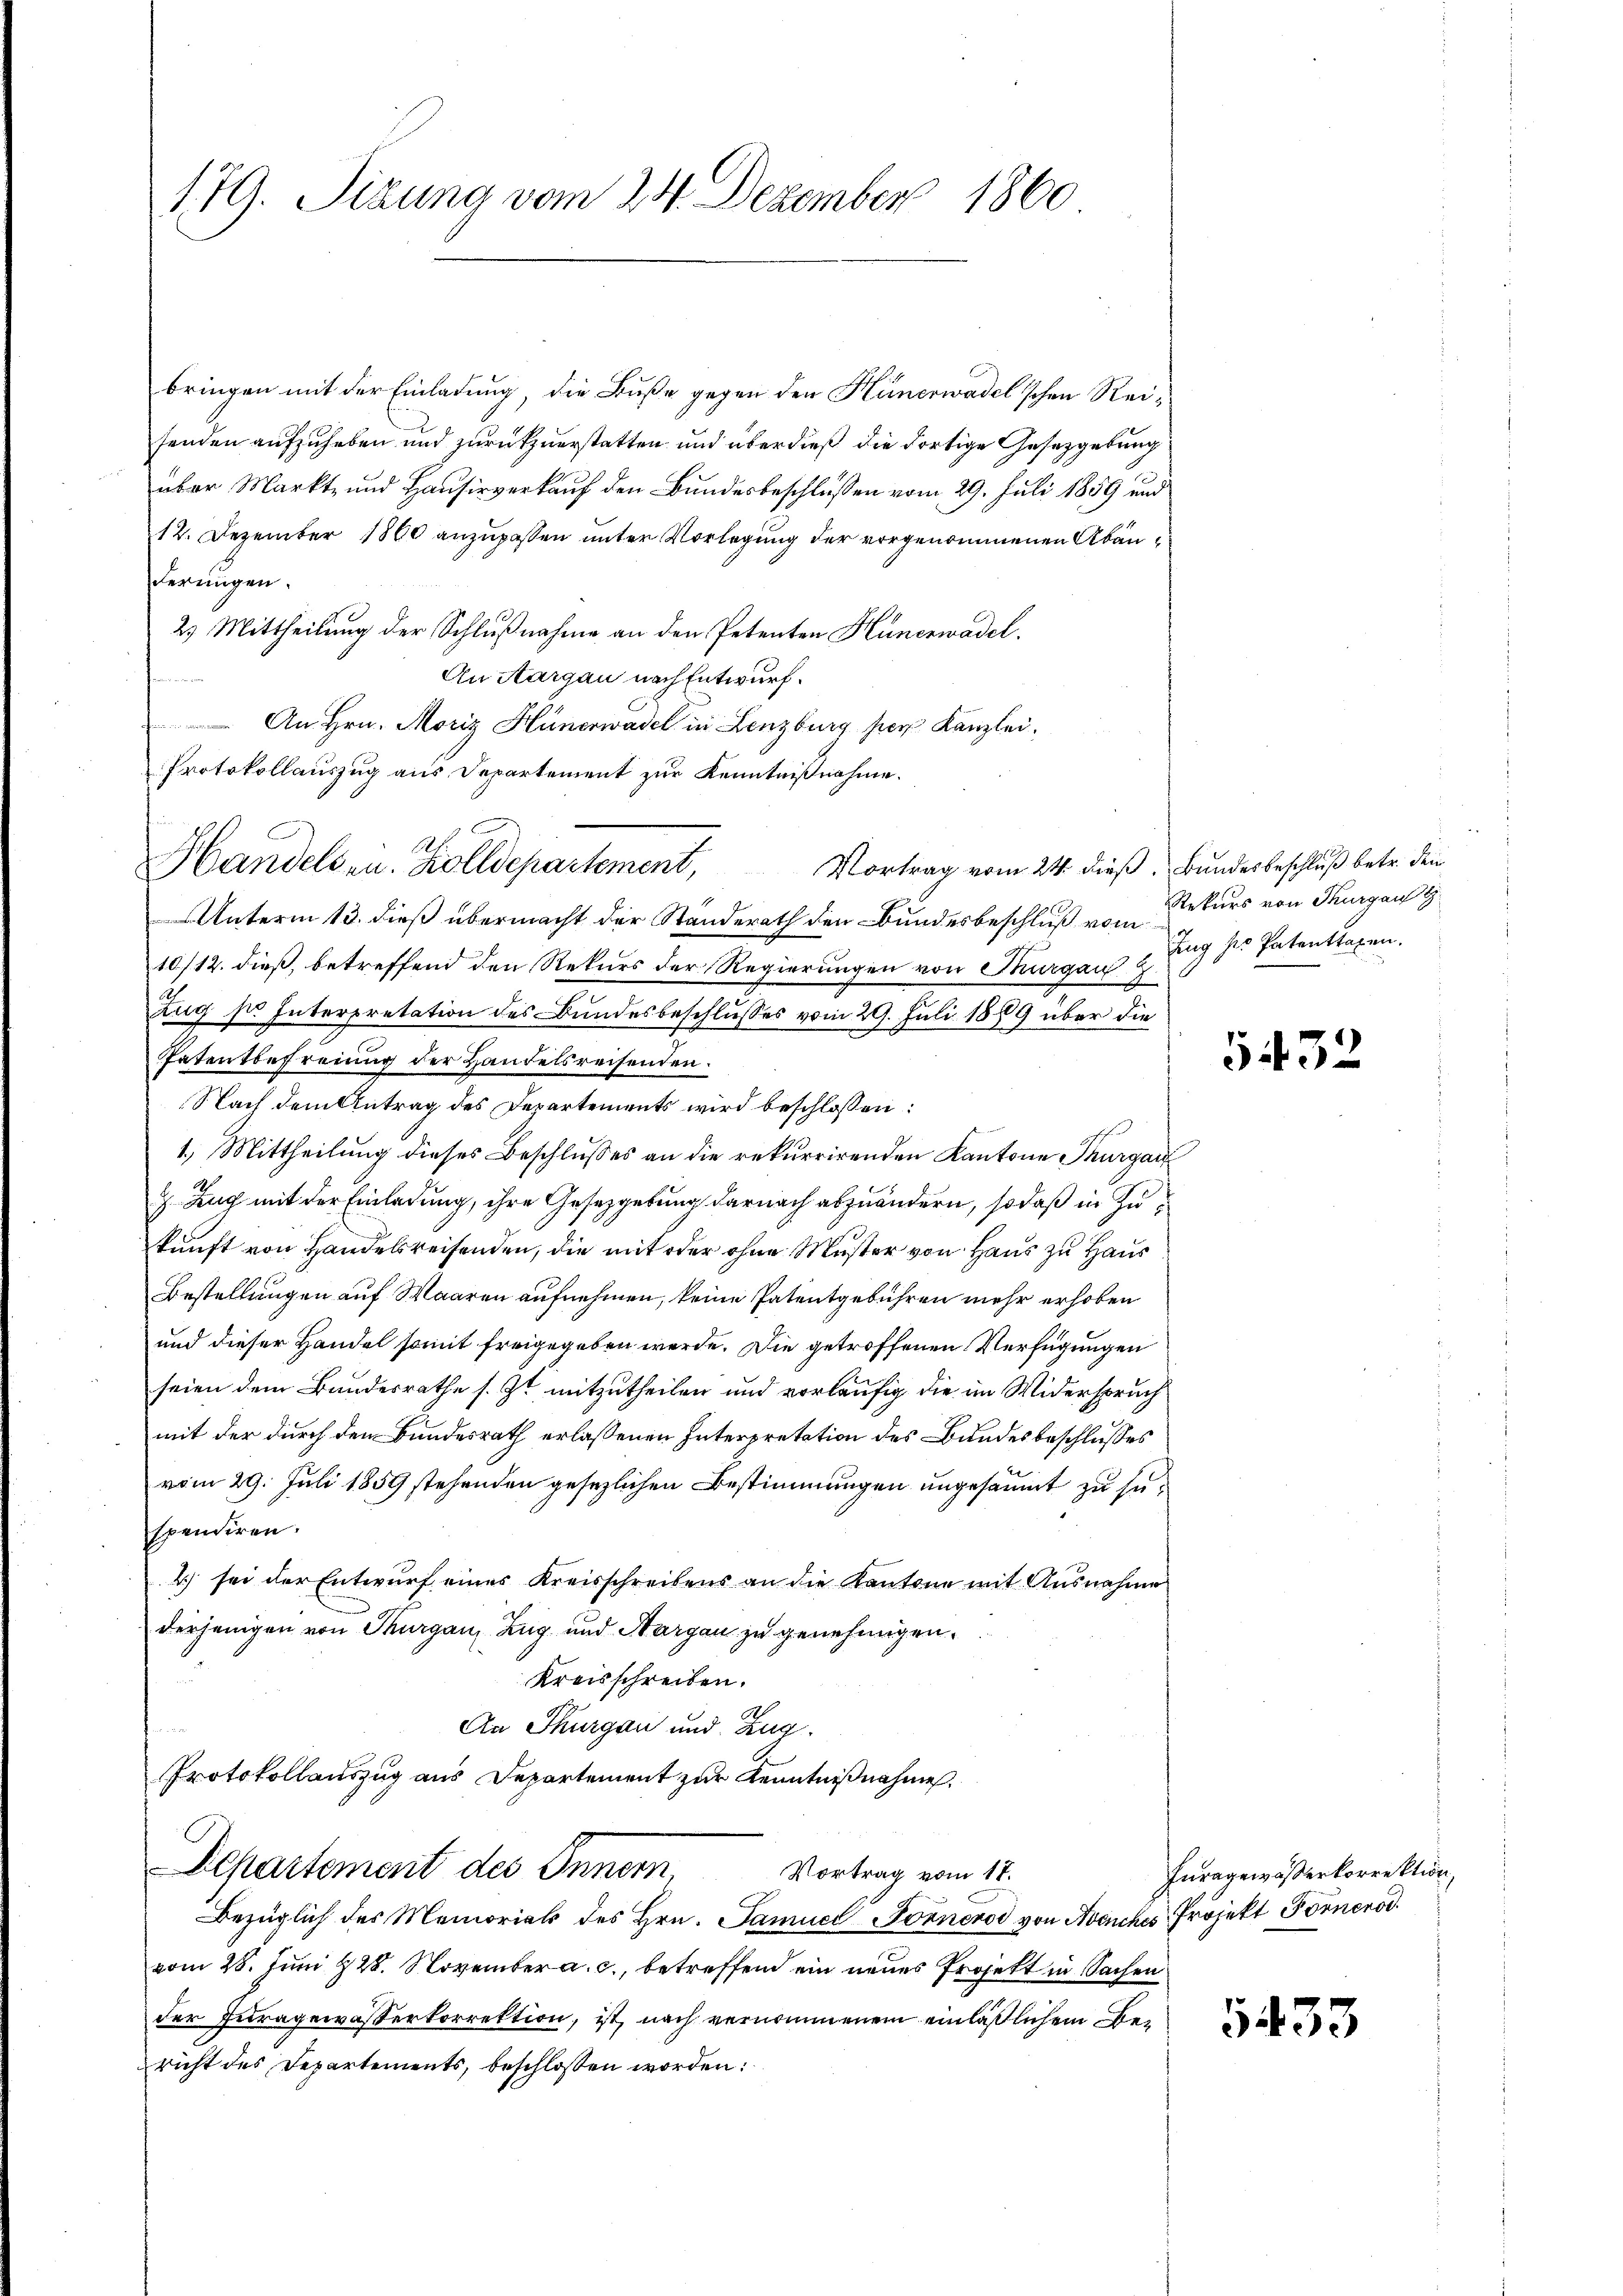
179. Sizung vom 24. Dezember 1860

bringen mit der Einladung, die Buße gegen den Hünerwadel’schen Reisenden aufzuheben und zurückzuerstatten und überdieß die dortige Gesetzgebung
über Markt- und Hausirverkauf den Bundesbeschlüssen vom 29. Juli 1859 und
12. Dezember 1860 anzupassen unter Vorlegung der vorgenommenen Abänderungen.
2. Mittheilung der Schlußnahme an den Petenten Hünerwadel.
An Aargau nach Entwurf.
An Hrn. Moriz Hünerwadel in Lenzburg per Kanzlei,
Protokollauszug aus Departement zur Kenntnißnahme.
Unterm 13. dieß übermacht der Standerath den Bundesbeschluß von Rekurs von Thurgau
10/12. dieß, betreffend den Rekurs der Regierungen von Thurgau
Zug sie Interpretation des Bundesbeschlusses vom 29. Juli 1869 über die
Patentbefreiung der Handelsreisenden.
Nach dem Antrag des Departements wird beschlossen:
1.) Mittheilung dieses Beschlusses an die rekurrirenden Kantone Thurgau
g. Zug mit der Einladung, ihre Gesetzgebung darnach abzuändern, so daß in Zukunft von Handelsreisenden, die mit oder ohne Muster von Haus zu Haus
Bestellungen auf Waaren aufnehmen, keine Patentgebühren mehr erhoben
und dieser Handel somit freigegeben werde. Die getroffenen Verfügungen
seien dem Bundesrathe s. Zt. mitzutheilen und vorläufig die im Widerspruch
mit der durch den Bundesrath erlassenen Interpretation des Bundesbeschlusses
vom 29. Juli 1859 stehenden gesezlichen Bestimmungen ungesäumt zu suspendiren.
2) sei der Entwurf eines Kreisschreibens an die Kantone mit Ausnahme
derjenigen von Thurgau, Zug und Aargau zu genehmigen.
Kreisschreiben.
An Thurgau und Zug.
Protokollauszug aus Departement zur Kenntnißnahme.
Departement des Innern
Vortrag vom 18.
Bezüglich des Memorial des Hrn. Samuel Forneros von Avenches Projekt Förnerod
vom 28. Juni 28. November a. c., betreffend ein neues Projekt in Sachen
der Juragewasserkorrektion, ist, nach vernommenem einläßlichem Bericht des Departements, beschlossen worden:

Handelsen. Zolldepartement,

Vortrag vom 24. dieß. Bundesbeschluß betr. den

Zug der Patenttaxen.

5432

Furagewässerkorrektion,

5433